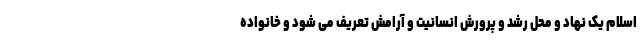
اسلام یک نهاد و محل رشد و پرورش انسانیت و آرامش تعریف می شود و خانواده